Annual report of the Punjab Veterinary College and of the Civil Veterinary Department, Punjab - 1909-1919
Year: 1909
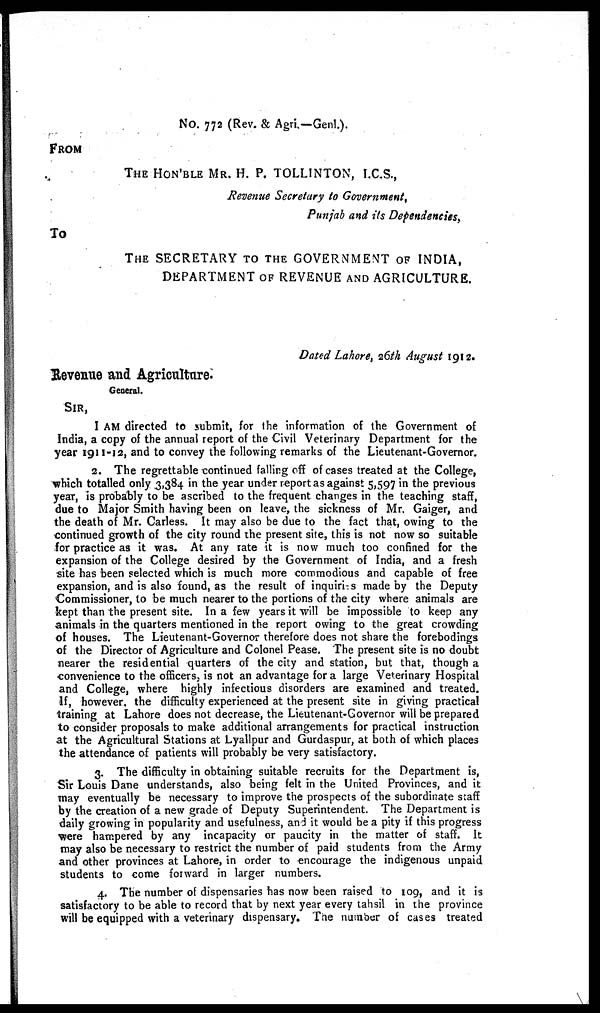
No. 772 (Rev. & Agri-Genl.).
FROM
THE HON'BLE MR. H. P. TOLLINTON, I.C.S.,
Revenue Secretary to Government,
Punjab and its Dependencies,
To
THE SECRETARY TO THEGOVERNMENT OF INDIA,
DEPARTMENT OF REVENUE AND AGRICULTURE.
Dated Lahore, 26th August 1912.
Revenue and Agriculture.
General.
SIR,
I AM directed to submit, for the information of the Government of
India, a copy of the annual report of the Civil Veterinary Department for the
year 1911-12, and to convey the following remarks of the Lieutenant-Governor.
2. The regrettable continued falling off of cases treated at the College,
which totalled only 3,384 in the year under report as against 5,597 in the previous
year, is probably to be ascribed to the frequent changes in the teaching staff,
due to Major Smith having been on leave, the sickness of Mr. Gaiger, and
the death of Mr. Carless. It may also be due to the fact that, owing to the
continued growth of the city round the present site, this is not now so suitable
for practice as it was. At any rate it is now much too confined for the
expansion of the College desired by the Government of India, and a fresh
site has been selected which is much more commodious and capable of free
expansion, and is also found, as the result of inquiries made by the Deputy
Commissioner, to be much nearer to the portions of the city where animals are
kept than the present site. In a few years it will be impossible to keep any
animals in the quarters mentioned in the report owing to the great crowding
of houses. The Lieutenant-Governor therefore does not share the forebodings
of the Director of Agriculture and Colonel Pease. The present site is no doubt
nearer the residential quarters of the city and station, but that, though a
convenience to the officers, is not an advantage for a large Veterinary Hospital
and College, where highly infectious disorders are examined and treated.
If, however, the difficulty experienced at the present site in giving practical
training at Lahore does not decrease, the Lieutenant-Governor will be prepared
to consider proposals to make additional arrangements for practical instruction
at the Agricultural Stations at Lyallpur and Gurdaspur, at both of which places
the attendance of patients will probably be very satisfactory.
3. The difficulty in obtaining suitable recruits for the Department is,
Sir Louis Dane understands, also being felt in the United Provinces, and it
may eventually be necessary to improve the prospects of the subordinate staff
by the creation of a new grade of Deputy Superintendent. The Department is
daily growing in popularity and usefulness, and it would be a pity if this progress
were hampered by any incapacity or paucity in the matter of staff. It
may also be necessary to restrict the number of paid students from the Army
and other provinces at Lahore, in order to encourage the indigenous unpaid
students to come forward in larger numbers.
4. The number of dispensaries has now been raised to 109, and it is
satisfactory to be able to record that by next year every tahsil in the province
will be equipped with a veterinary dispensary. The number of cases treated